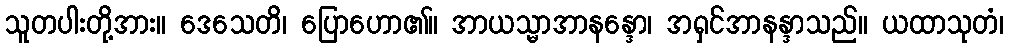
သူတပါးတို့အား။ ဒေသေတိ၊ ပြောဟော၏။ အာယသ္မာအာနန္ဒော၊ အရှင်အာနန္ဒာသည်။ ယထာသုတံ၊